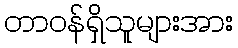
တာဝန်ရှိသူများအား